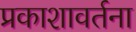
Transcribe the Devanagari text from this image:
प्रकाशावर्तना